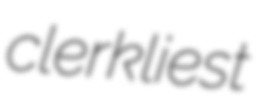
clerkliest